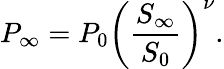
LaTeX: P_{\infty}=P_{0}\left(\frac{S_{\infty}}{S_{0}}\right)^{\nu}.